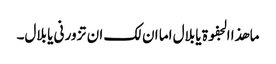
ما ھذا الجفوۃ یا بلال اما ان لک ان تزور نی یا بلال۔